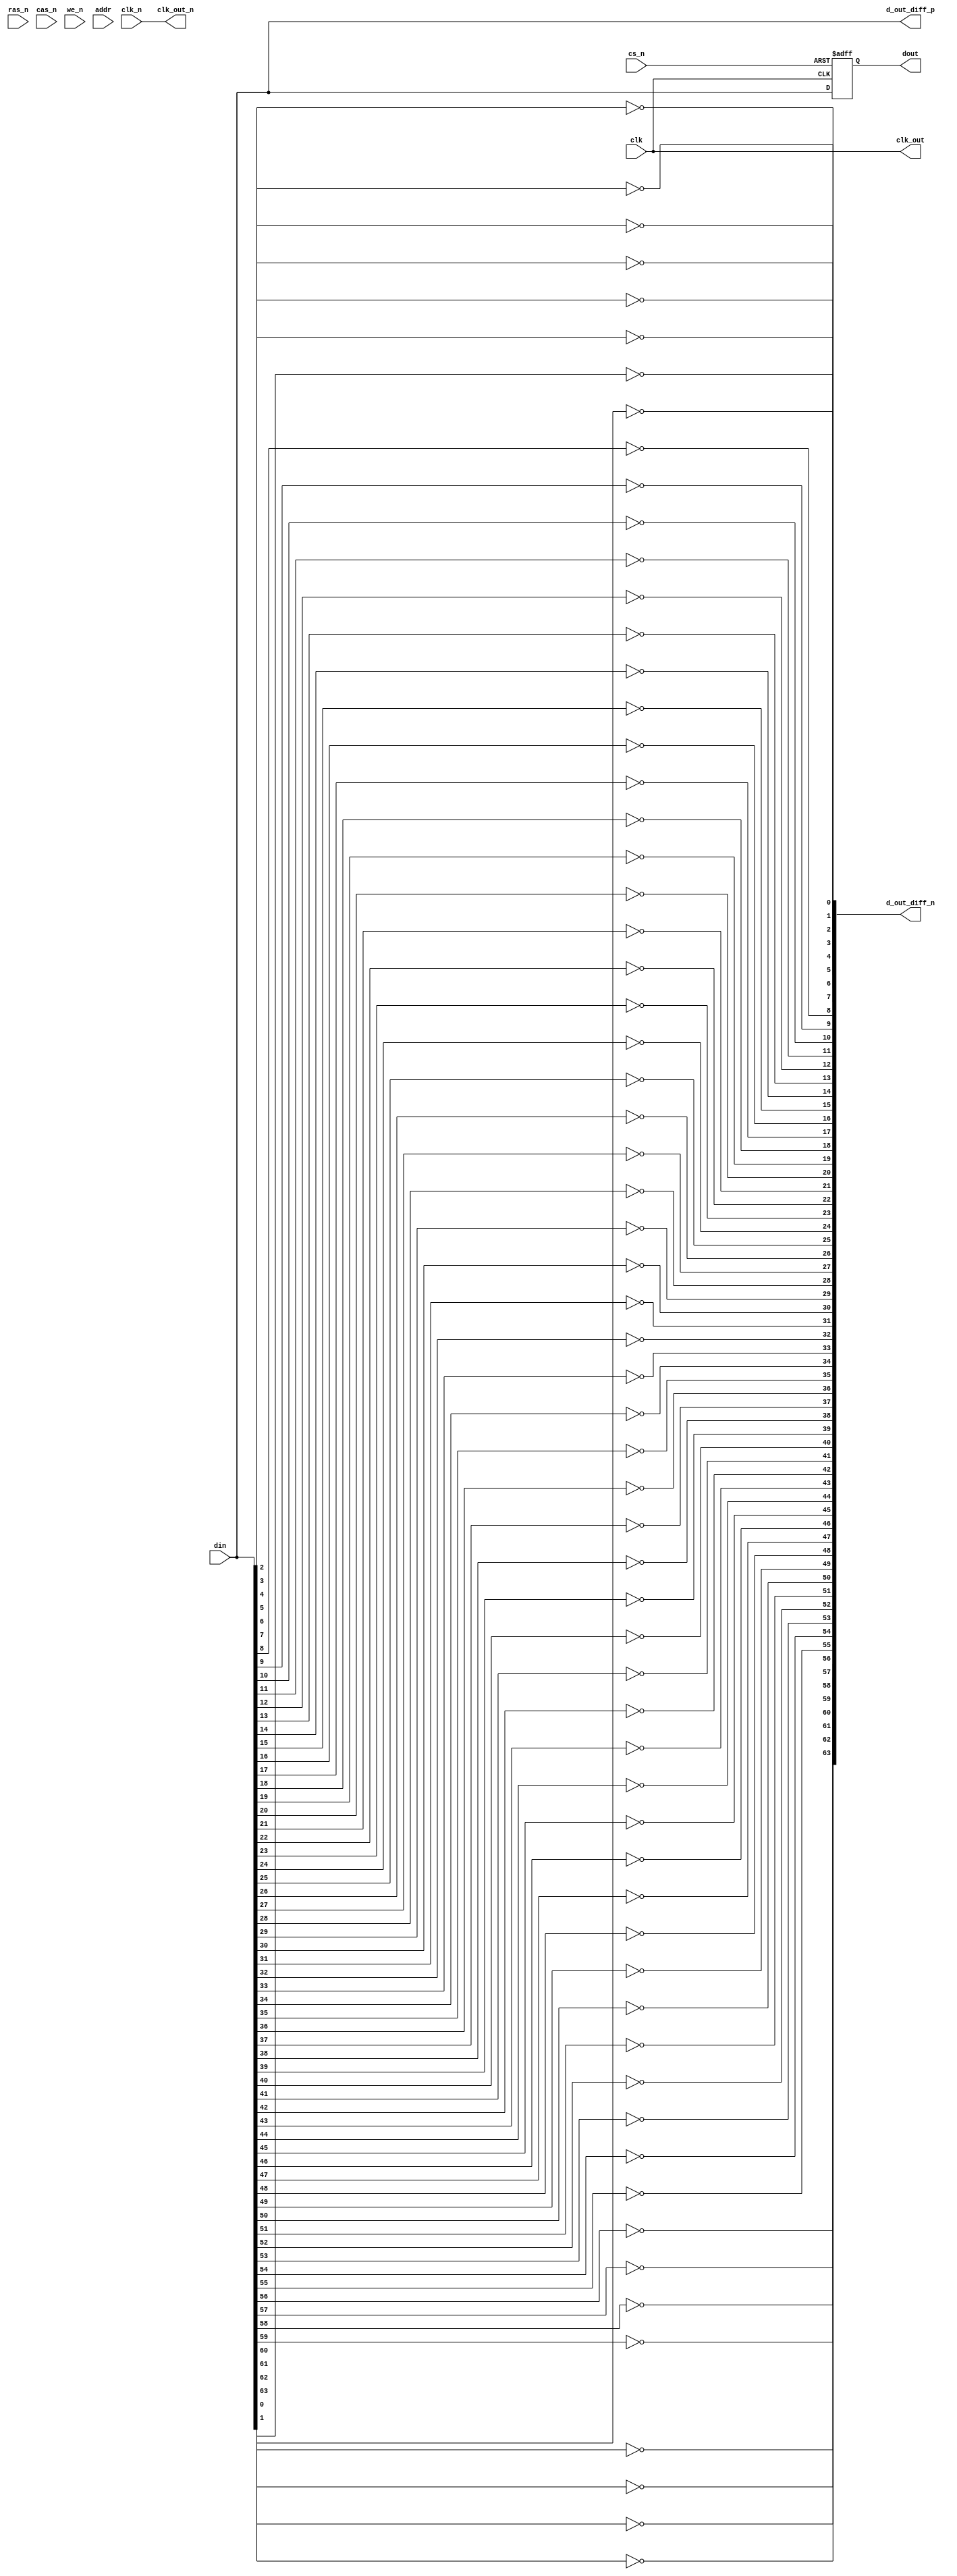
module gddr6x_io_block #(
    parameter DATA_WIDTH = 64, // Data width: 32, 64, or 128 bits
    parameter CLK_FREQ = 2500  // Clock frequency in MHz
)(
    input wire clk,               // System clock
    input wire clk_n,             // Inverted clock
    input wire [DATA_WIDTH-1:0] din, // Data input
    input wire cs_n,              // Chip select (active low)
    input wire ras_n,             // Row address strobe (active low)
    input wire cas_n,             // Column address strobe (active low)
    input wire we_n,              // Write enable (active low)
    input wire [31:0] addr,       // Address input
    output wire [DATA_WIDTH-1:0] dout, // Data output
    output wire [DATA_WIDTH-1:0] d_out_diff_p, // Differential data output positive
    output wire [DATA_WIDTH-1:0] d_out_diff_n, // Differential data output negative
    output wire clk_out,          // Clock output
    output wire clk_out_n         // Inverted clock output
);

    // Internal signals
    reg [DATA_WIDTH-1:0] data_reg;
    reg [DATA_WIDTH-1:0] data_out_reg;

    // Clock management (simple buffer for now)
    assign clk_out = clk;
    assign clk_out_n = clk_n;

    // Transmitter: Convert parallel data to differential signals
    genvar i;
    generate
        for (i = 0; i < DATA_WIDTH; i = i + 1) begin : data_tx
            assign d_out_diff_p[i] = din[i]; // Positive differential signal
            assign d_out_diff_n[i] = ~din[i]; // Negative differential signal
        end
    endgenerate

    // Receiver: Convert incoming differential signals back to parallel data
    always @(posedge clk_out or negedge cs_n) begin
        if (!cs_n) begin
            data_reg <= 0; // Reset data register
        end else begin
            data_reg <= din; // Capture incoming data
        end
    end

    // Output data
    assign dout = data_reg;

    // Command Control Logic
    always @(posedge clk_out) begin
        if (!cs_n) begin
            // Handle commands based on control signals
            if (!ras_n) begin
                // Row address strobe logic
                // Implement row activation logic here
            end
            if (!cas_n) begin
                // Column address strobe logic
                // Implement column access logic here
            end
            if (!we_n) begin
                // Write enable logic
                // Implement write operation here
            end
        end
    end

    // Power Management and Signal Integrity features can be added here

endmodule